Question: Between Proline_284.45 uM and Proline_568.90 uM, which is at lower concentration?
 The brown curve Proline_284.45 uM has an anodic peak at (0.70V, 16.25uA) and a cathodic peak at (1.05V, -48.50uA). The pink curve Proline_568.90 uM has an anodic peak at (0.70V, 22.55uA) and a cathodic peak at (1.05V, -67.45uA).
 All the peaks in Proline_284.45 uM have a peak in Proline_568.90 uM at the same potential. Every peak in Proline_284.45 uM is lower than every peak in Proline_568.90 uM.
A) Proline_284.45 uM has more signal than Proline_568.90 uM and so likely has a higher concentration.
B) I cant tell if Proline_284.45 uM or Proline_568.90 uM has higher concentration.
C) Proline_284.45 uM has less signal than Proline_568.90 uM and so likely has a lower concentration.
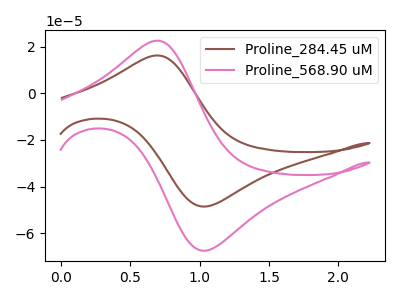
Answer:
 <answer>C) "Proline_284.45 uM" has less signal than "Proline_568.90 uM" and so likely has a lower concentration.</answer>
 <eval>C</eval>